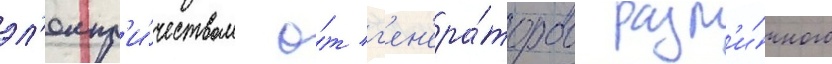
эл'ектр'и́чеством о́т г'ен'ера́торов разл'и́чного